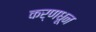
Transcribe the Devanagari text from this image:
कर्णधून